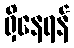
ရှိနေရန်